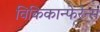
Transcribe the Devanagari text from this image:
विकिकान्फेरेन्स